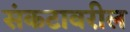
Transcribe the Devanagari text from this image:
संकटावरील